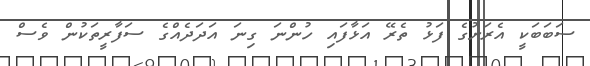
ސަބަބަކީ އެރަށުގެ ފަޅު ތެރޭ އަޅާފައި ހުންނަ ގިނަ އަދަދެއްގެ ސަފާރީތަކުން ވެސް